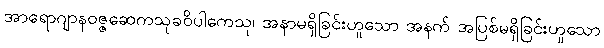
အာရောဂျာနဝဇ္ဇဆေကသုခဝိပါကေသု၊ အနာမရှိခြင်းဟူသော အနက် အပြစ်မရှိခြင်းဟူသော